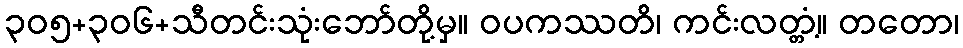
၃၀၅+၃၀၆+သီတင်းသုံးဘော်တို့မှ။ ဝပကဿတိ၊ ကင်းလတ္တံ့။ တတော၊